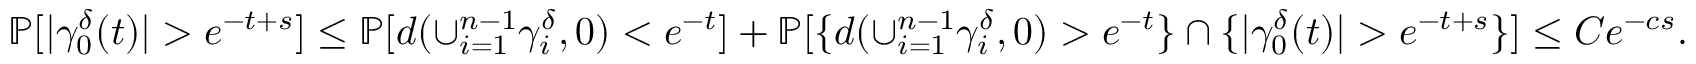
\mathbb { P } [ | \gamma _ { 0 } ^ { \delta } ( t ) | > e ^ { - t + s } ] \le \mathbb { P } [ d ( \cup _ { i = 1 } ^ { n - 1 } \gamma _ { i } ^ { \delta } , 0 ) < e ^ { - t } ] + \mathbb { P } [ \{ d ( \cup _ { i = 1 } ^ { n - 1 } \gamma _ { i } ^ { \delta } , 0 ) > e ^ { - t } \} \cap \{ | \gamma _ { 0 } ^ { \delta } ( t ) | > e ^ { - t + s } \} ] \le C e ^ { - c s } .